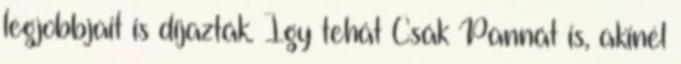
legjobbjait is díjazták. Így tehát Csák Pannát is, akinél